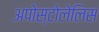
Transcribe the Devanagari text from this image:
अपोस्टोलेलिस